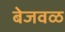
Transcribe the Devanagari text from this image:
बेजवळ